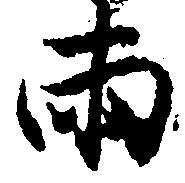
両